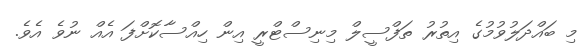
މި ބައްދަލުވުމުގެ އިތުރު ތަފްސީލް މިނިސްޓްރީ އިން ހިއްސާކޮށްފަ އެއް ނުވެ އެވެ.